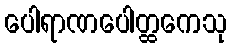
ပေါရာဏပေါတ္ထကေသု